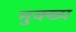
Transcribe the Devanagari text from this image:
मुक्ख्य